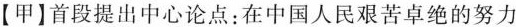
【甲】首段提出中心论点：在中国人民艰苦卓绝的努力